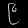
Digit: ၉